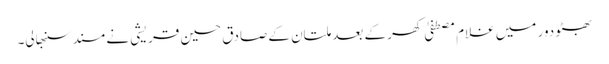
بھٹو دور میں غلام مصطفیٰ کھر کے بعد ملتان کے صادق حسین قریشی نے مسند سنبھالی۔